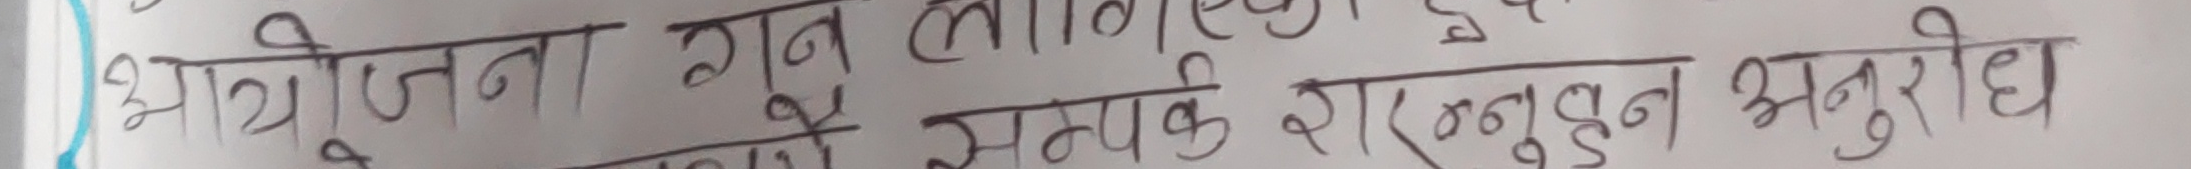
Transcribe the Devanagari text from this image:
आयोजना गन लागु सम्पक र अनुदान अनुरोध